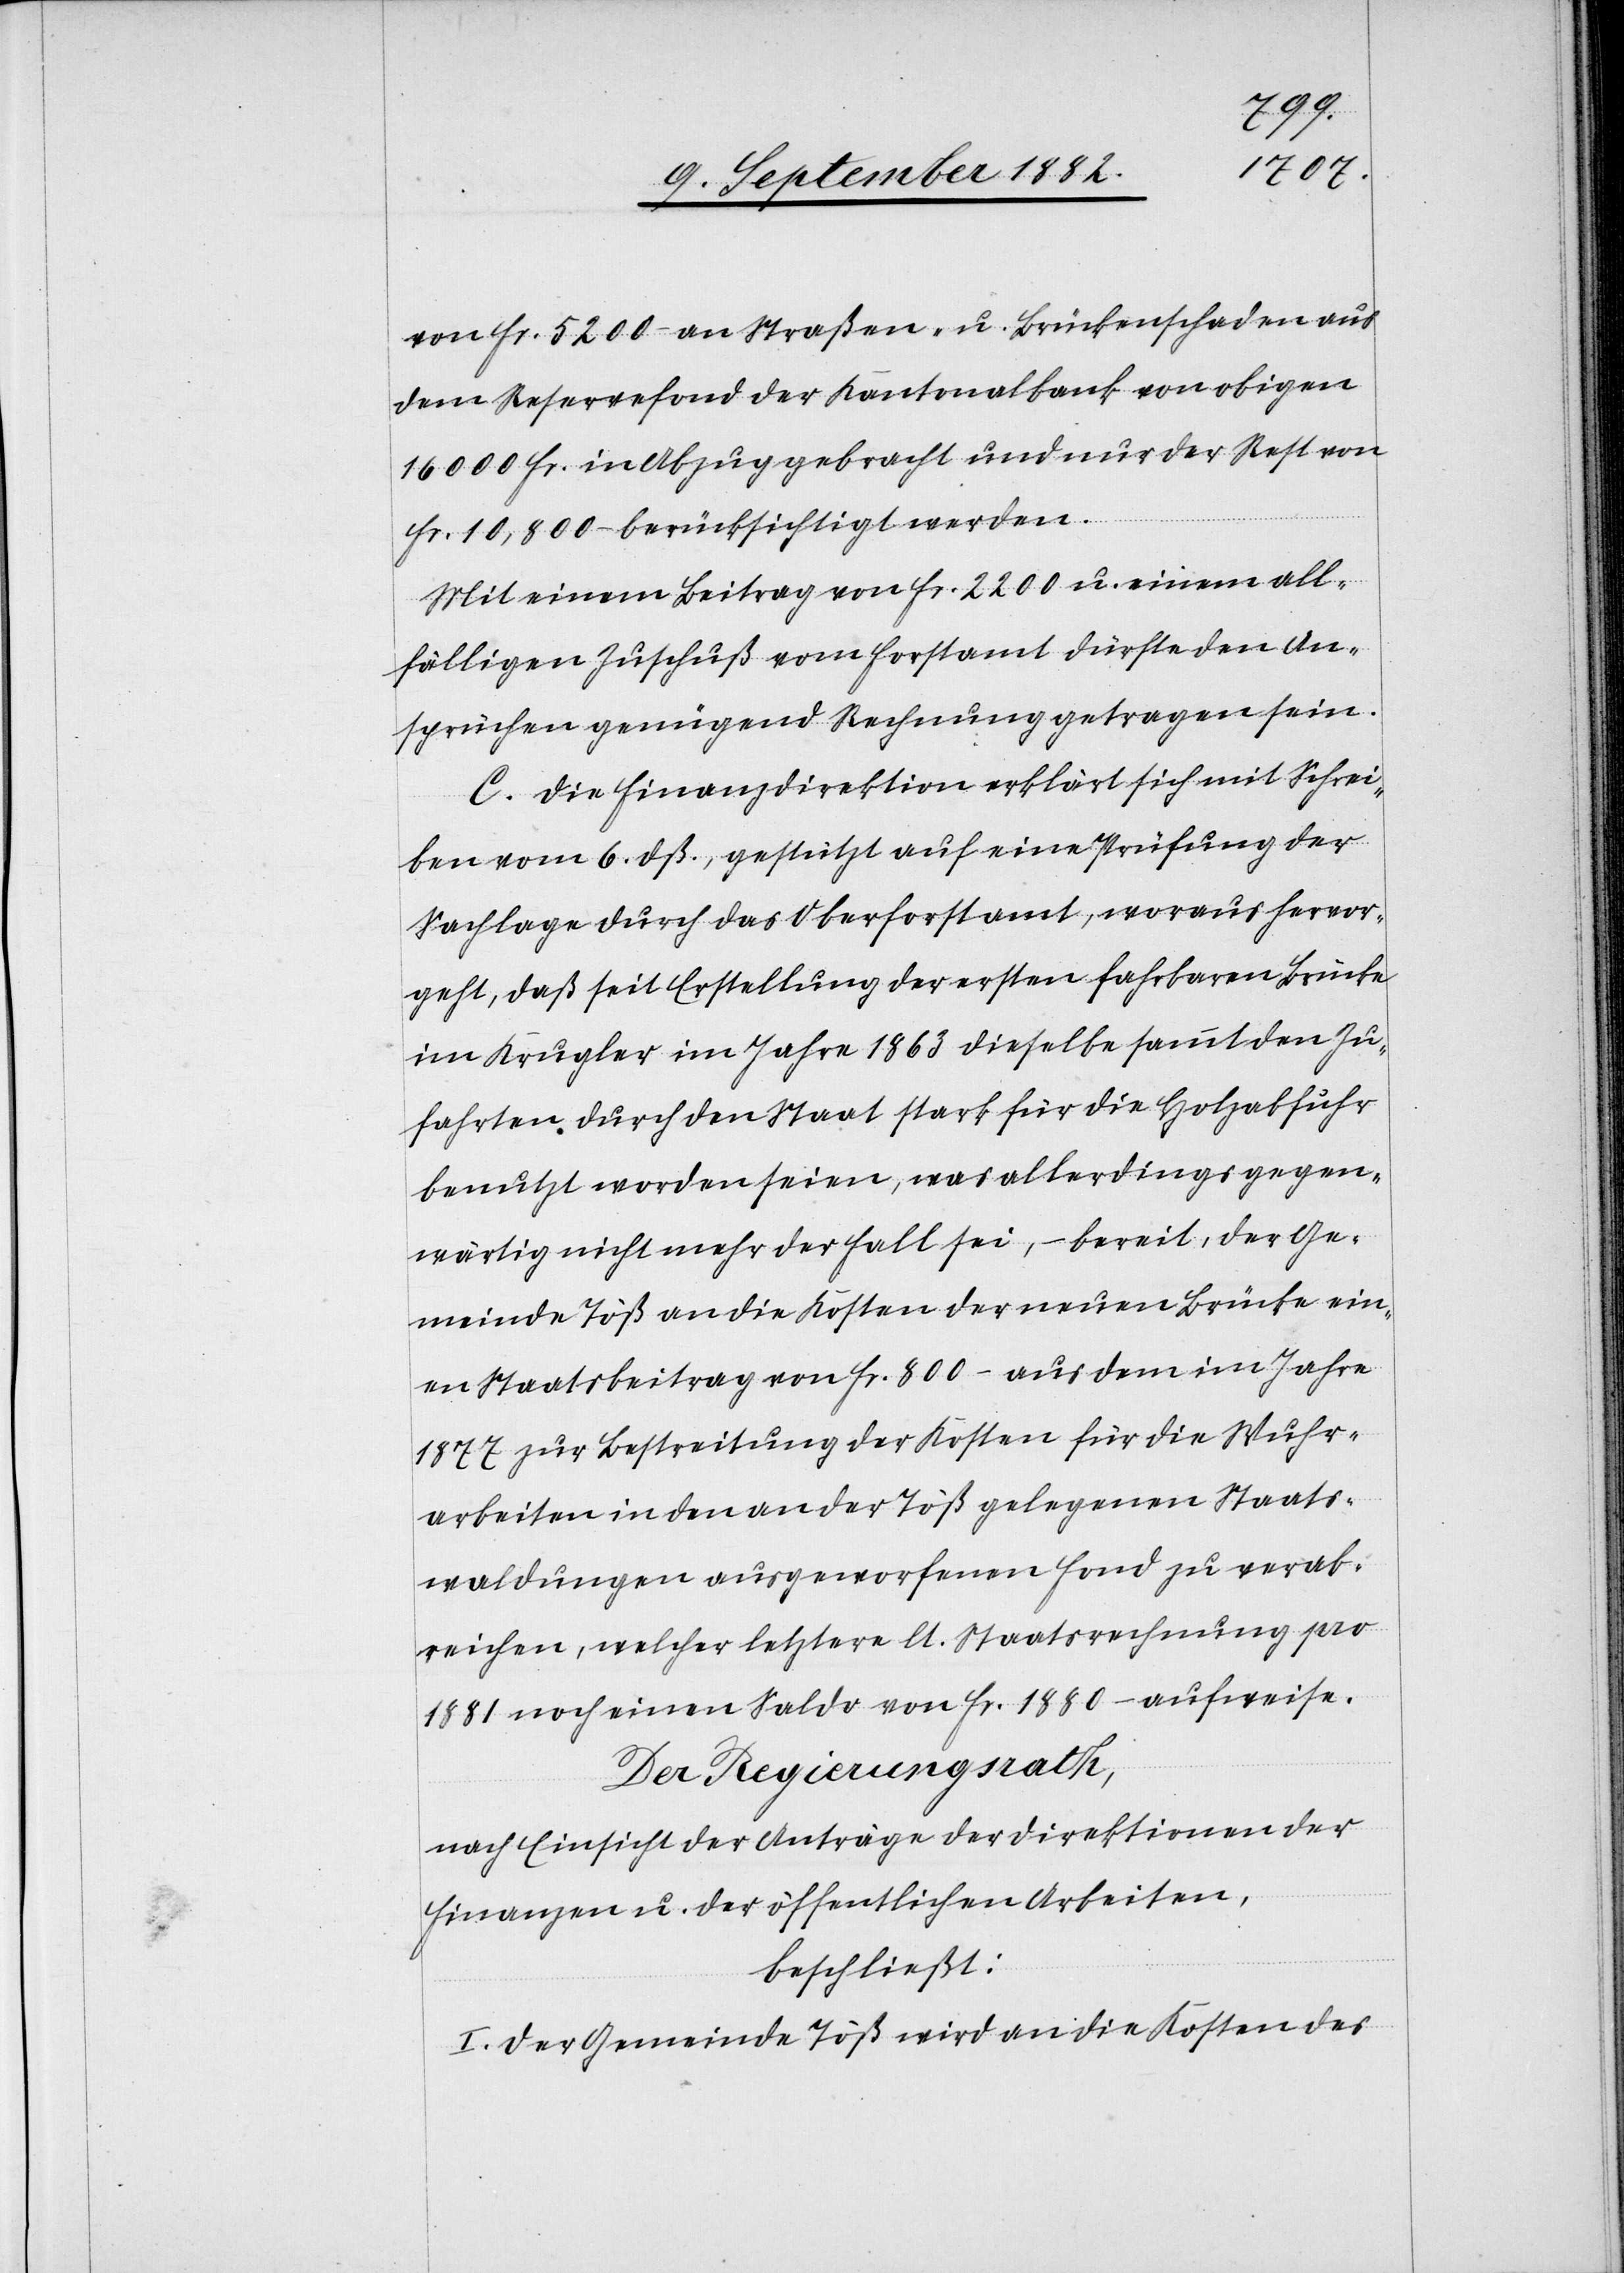
von Fr. 5200 – an Straßen- u. Brückenschaden aus
dem Reservefind der Kantonalbank von obigen
16000 Fr. in Abzug gebracht und nur der Rest von
Fr. 10,000 – berücksichtigt werden.
Mit einem Beitrag von Fr. 2200 u. einem all¬
fälligen Zuschuß vom Forstamt dürfte den An¬
sprüchen genügend Rechnung getragen sein.
C. Die Finanzdirektion erklärt sich mit Schrei¬
ben vom 6. dß., gestützt auf eine Prüfung der
Sachlage durch das Oberforstamt, woraus hervor¬
geht, daß seit Erstellung der ersten fahrbaren Brücke
im Krugler im Jahre 1863 dieselbe sammt den Zu¬
fahrten durch den Staat stark für die Holzabfuhr
benutzt worden seien, was allerdings gegen¬
wärtig nicht mehr der Fall sei, – bereit, der Ge¬
meinde Töß an die Kosten der neuen Brücke ein¬
en Staatsbeitrag von Fr. 800 – aus dem im Jahre
1877 zur Bestreitung der Kosten für die Wuhr¬
arbeiten in den an der Töß gelegenen Staats¬
waldungen ausgeworfenen Fond zu verab¬
reichen, welcher letztere lt. Staatsrechnung pro
1881 noch einen Saldo von Fr. 1880 – aufweise.
Der Regierungsrath,
nach Einsicht der Anträge der Direktionen der
Finanzen u. der öffentlichen Arbeiten,
beschließt:
I. Der Gemeinde Töß wird an die Kosten des